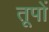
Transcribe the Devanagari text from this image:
तूपों